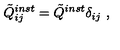
\tilde { Q } _ { i j } ^ { i n s t } = \tilde { Q } ^ { i n s t } \delta _ { i j } \ ,